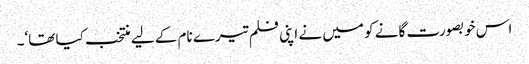
اس خوبصورت گانے کو میں نے اپنی فلم تیرے نام کے لیے منتخب کیا تھا‘۔